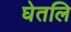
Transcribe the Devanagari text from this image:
घेतलि